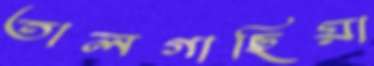
তালগাছিয়া